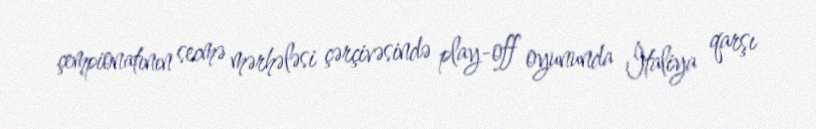
çempionatının secmə mərhələsi çərçivəsində play-off oyununda İtaliya qarşı